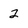
Character: 2